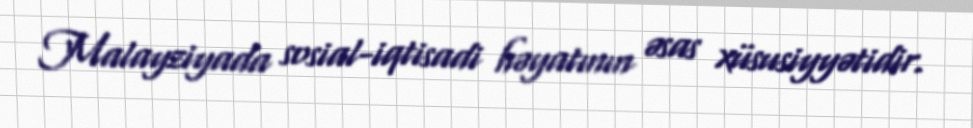
Malayziyada sosial-iqtisadi həyatının əsas xüsusiyyətidir.